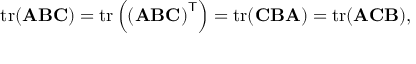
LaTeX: \operatorname { t r } ( \mathbf { A } \mathbf { B } \mathbf { C } ) = \operatorname { t r } \left( \left( \mathbf { A } \mathbf { B } \mathbf { C } \right) ^ { \mathsf { T } } \right) = \operatorname { t r } ( \mathbf { C } \mathbf { B } \mathbf { A } ) = \operatorname { t r } ( \mathbf { A } \mathbf { C } \mathbf { B } ) ,